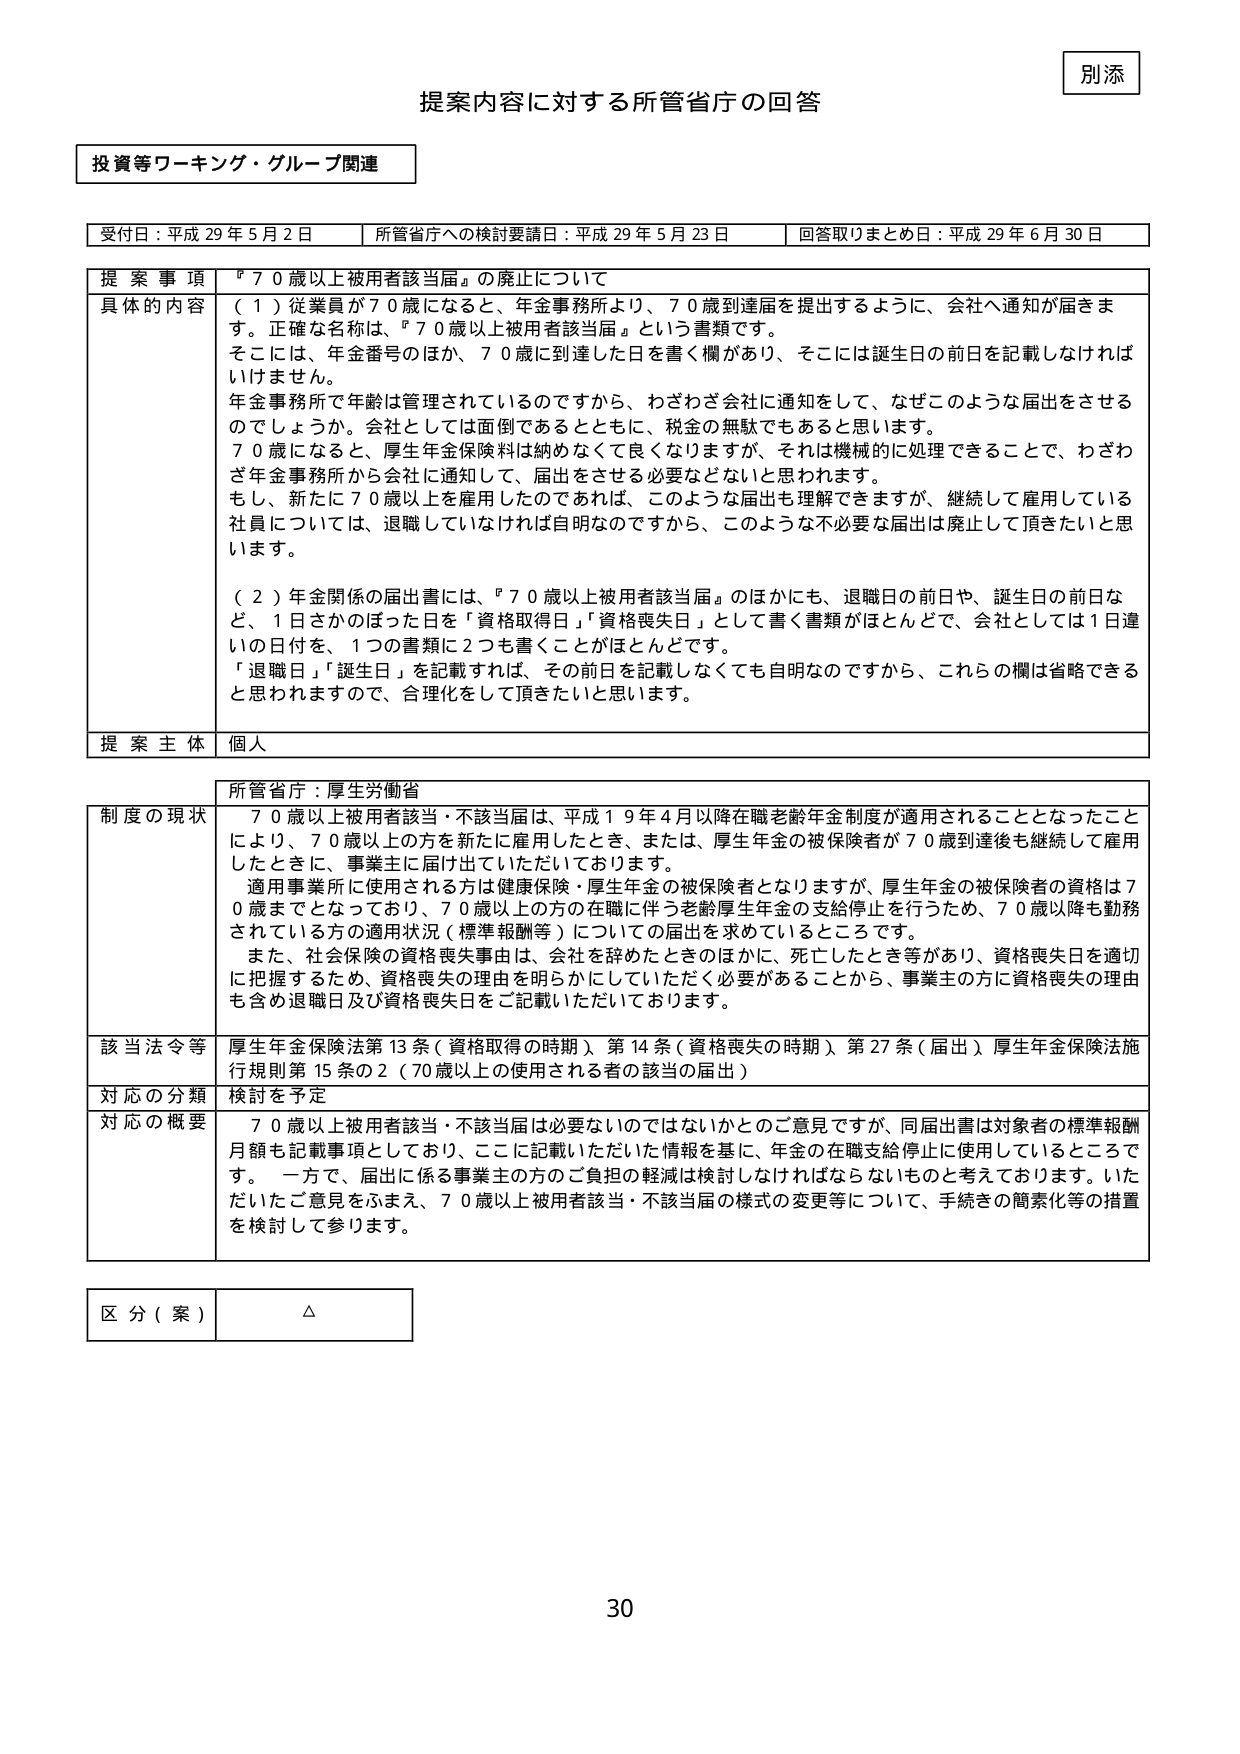
別添
提案内容に対する所管省庁の回答

投資等ワーキング・グループ関連

受付日：平成29年5月2日　　所管省庁への検討要請日：平成29年5月23日　　回答取りまとめ日：平成29年6月30日

提案事項　『70歳以上被用者該当届』の廃止について

具体的な内容
（1）従業員が70歳になると、年金事務所より、70歳到達届を提出するように、会社へ通知が届きます。正確な名称は、『70歳以上被用者該当届』という書類です。
そこには、年金番号のほか、70歳に到達した日を書く欄があり、そこには誕生日の前日を記載しなければいけません。
年金事務所で年齢は管理されているのですから、わざわざ会社に通知をして、なぜこのような届出をさせるのでしょうか。会社としては面倒であるとともに、税金の無駄でもあると思います。
70歳になると、厚生年金保険料は納めなくなりますが、それは機械的に処理できることで、わざわざ年金事務所から会社に通知して、届出をさせる必要などないと思われます。
もし、新たに70歳以上を雇用したのであれば、このような届出も理解できますが、継続して雇用している社員については、退職していなければ自明なのですから、このような不要な届出は廃止して頂きたいと思います。

（2）年金関係の届出書には、『70歳以上被用者該当届』のほかにも、退職日の前日や、誕生日の前日など、1日さかのぼった日を「資格取得日」「資格喪失日」として書く書類がほとんどで、会社としては1日違いの日付を、1つの書類に2つも書くことがほとんどです。
「退職日」「誕生日」を記載すれば、その前日を記載しなくても自明なのですから、これらの欄は省略できると思われますので、合理化をして頂きたいと思います。

提案主体　個人

所管省庁：厚生労働省

制度の現状
70歳以上被用者該当・不該当届は、平成19年4月以降在職老齢年金制度が適用されることとなったことにより、70歳以上の方を新たに雇用したとき、または、厚生年金の被保険者が70歳到達後も継続して雇用したときに、事業主に届け出ていただいております。
適用事業所に使用される方は健康保険・厚生年金の被保険者となりますが、厚生年金の被保険者の資格は70歳までとなっており、70歳以上の方の在職に伴う老齢厚生年金の支給停止を行うため、70歳以降も勤務されている方の適用状況（標準報酬等）についての届出を求めているところです。
また、社会保険の資格喪失事由は、会社を辞めたときのほかに、死亡したとき等があり、資格喪失日を適切に把握するため、資格喪失の理由を明らかにしていただく必要があることから、事業主の方に資格喪失の理由も含め退職日及び資格喪失日をご記載いただいております。

該当法令等
厚生年金保険法第13条（資格取得の時期）、第14条（資格喪失の時期）、第27条（届出）、厚生年金保険法施行規則第15条の2（70歳以上の使用される者の該当の届出）

対応の分類　検討を予定

対応の概要
70歳以上被用者該当・不該当届は必要ないのではないかとのご意見ですが、同届出書は対象者の標準報酬月額も記載事項としており、ここに記載いただいた情報を基に、年金の在職支給停止に使用しているところです。一方で、届出に係る事業主の方のご負担の軽減は検討しなければならないものと考えております。いただいたご意見をふまえ、70歳以上被用者該当・不該当届の様式の変更等について、手続きの簡素化等の措置を検討して参ります。

区分（案）　△

30